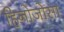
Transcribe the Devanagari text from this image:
हिनोजोसा